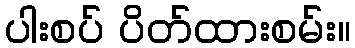
ပါးစပ် ပိတ်ထားစမ်း။